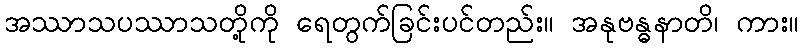
အဿာသပဿာသတို့ကို ရေတွက်ခြင်းပင်တည်း။ အနုဗန္ဓနာတိ၊ ကား။